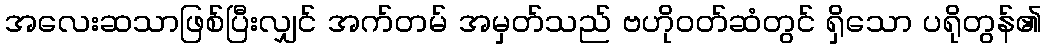
အလေးဆသာဖြစ်ပြီးလျှင် အက်တမ် အမှတ်သည် ဗဟိုဝတ်ဆံတွင် ရှိသော ပရိုတွန်၏